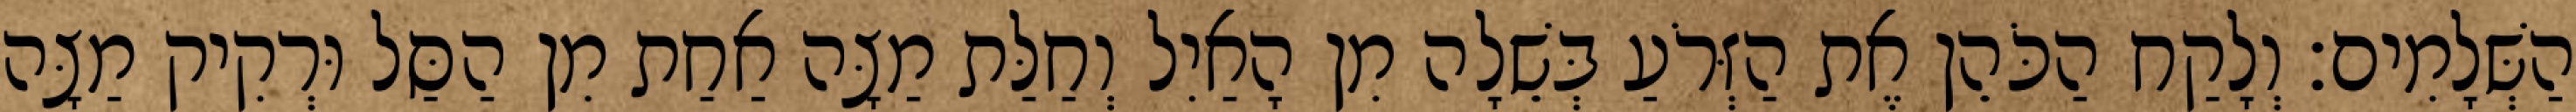
הַשְּׁלָמִים׃ וְלָקַח הַכֹּהֵן אֶת הַזְּרֹעַ בְּשֵׁלָה מִן הָאַיִל וְחַלַּת מַצָּה אַחַת מִן הַסַּל וּרְקִיק מַצָּה